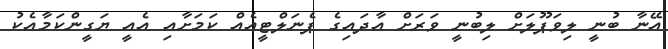
އޭނާ ބުނީ ލިވަޕޫލަށް ލިބުނީ ވަރަށް އާދައިގެ ޕެނަލްޓީއެއް ކަމަށާއި އެއީ ޔަގީންކަމާއެކު